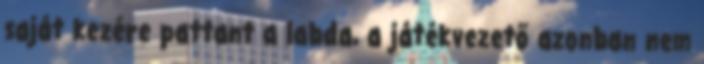
saját kezére pattant a labda, a játékvezető azonban nem